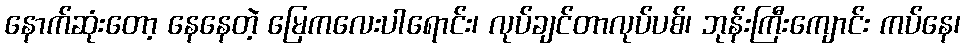
နောက်ဆုံးတော့ နေနေတဲ့ မြေကလေးပါရောင်း၊ လုပ်ချင်တာလုပ်ပစ်၊ ဘုန်းကြီးကျောင်း ကပ်နေ၊